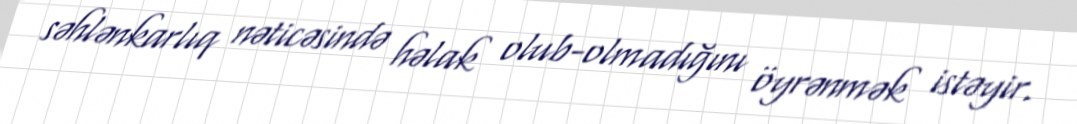
səhlənkarlıq nəticəsində həlak olub-olmadığını öyrənmək istəyir.